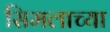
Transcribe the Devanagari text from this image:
सिमलाच्या